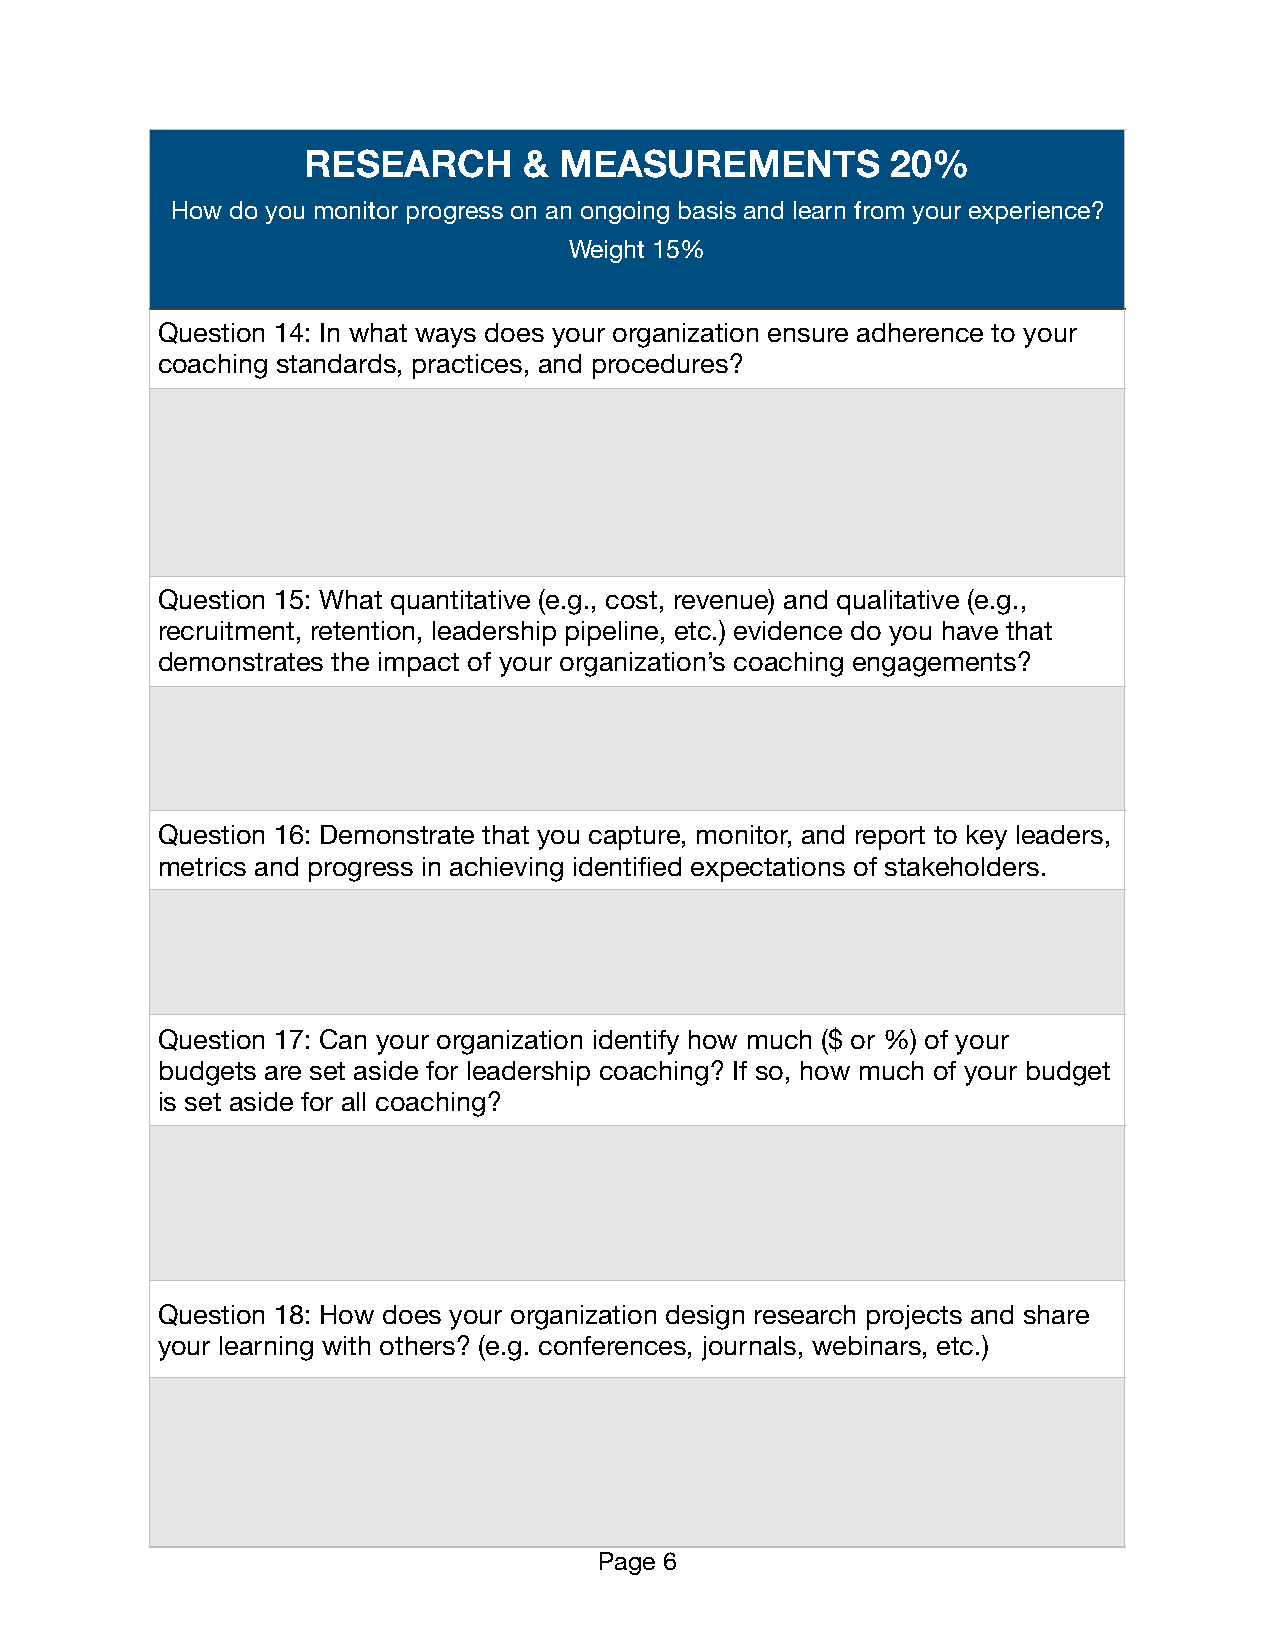
RESEARCH       & MEASUREMENTS          20%
 How do you monitor progress on an ongoing basis and learn from your experience?
 Weight 15%
 Question 14: In what ways does your organization ensure adherence to your
 coaching standards, practices, and procedures?
 Question 15: What quantitative (e.g., cost, revenue) and qualitative (e.g.,
 recruitment, retention, leadership pipeline, etc.) evidence do you have that
 demonstrates the impact of your organization’s coaching engagements?
 Question 16: Demonstrate that you capture, monitor, and report to key leaders,
 metrics and progress in achieving identified expectations of stakeholders.
 Question 17: Can your organization identify how much ($ or %) of your
 budgets are set aside for leadership coaching? If so, how much of your budget
 is set aside for all coaching?
 Question 18: How does your organization design research projects and share
 your learning with others? (e.g. conferences, journals, webinars, etc.)
 Page 6